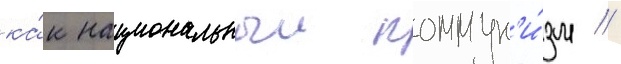
ка́к национальныи коммун'и́зм //